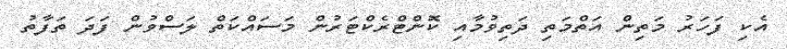
އެކި ފަހަރު މަތިން އަތްމަތި ދަތިވުމާއި ކޮންޓްރެކްޓަރުން މަސައްކަތް ލަސްވުން ފަދަ ތަފާތު